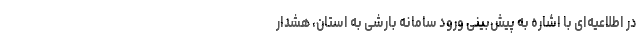
در اطلاعیه‌ای با اشاره به پیش‌بینی ورود سامانه بارشی به استان، هشدار